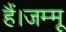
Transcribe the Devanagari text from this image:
हैं।जम्मू